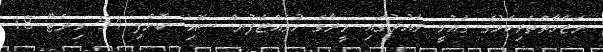
ނަޒާހާތްތެރިކަމުގެ ގައުމީ ވައުދުގައި މީރާގެ މުވައްޒަފުން ސޮއި ކޮށްފި 54 މިނެޓް 18